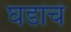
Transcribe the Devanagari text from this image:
घडांचे